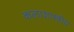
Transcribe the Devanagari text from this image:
कलाशास्त्रीय